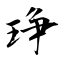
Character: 琤